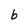
Character: b